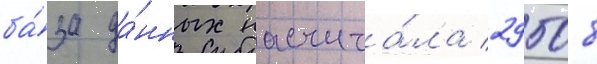
ба́за да́нных насчита́ла 29508